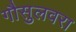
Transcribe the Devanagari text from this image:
गौसुलवरा